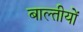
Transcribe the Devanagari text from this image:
बाल्तीयों